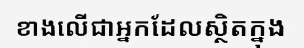
ខាងលើជាអ្នកដែលស្ថិតក្នុង